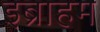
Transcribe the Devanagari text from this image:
इब्राहम